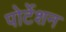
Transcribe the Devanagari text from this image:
पोर्टेशन